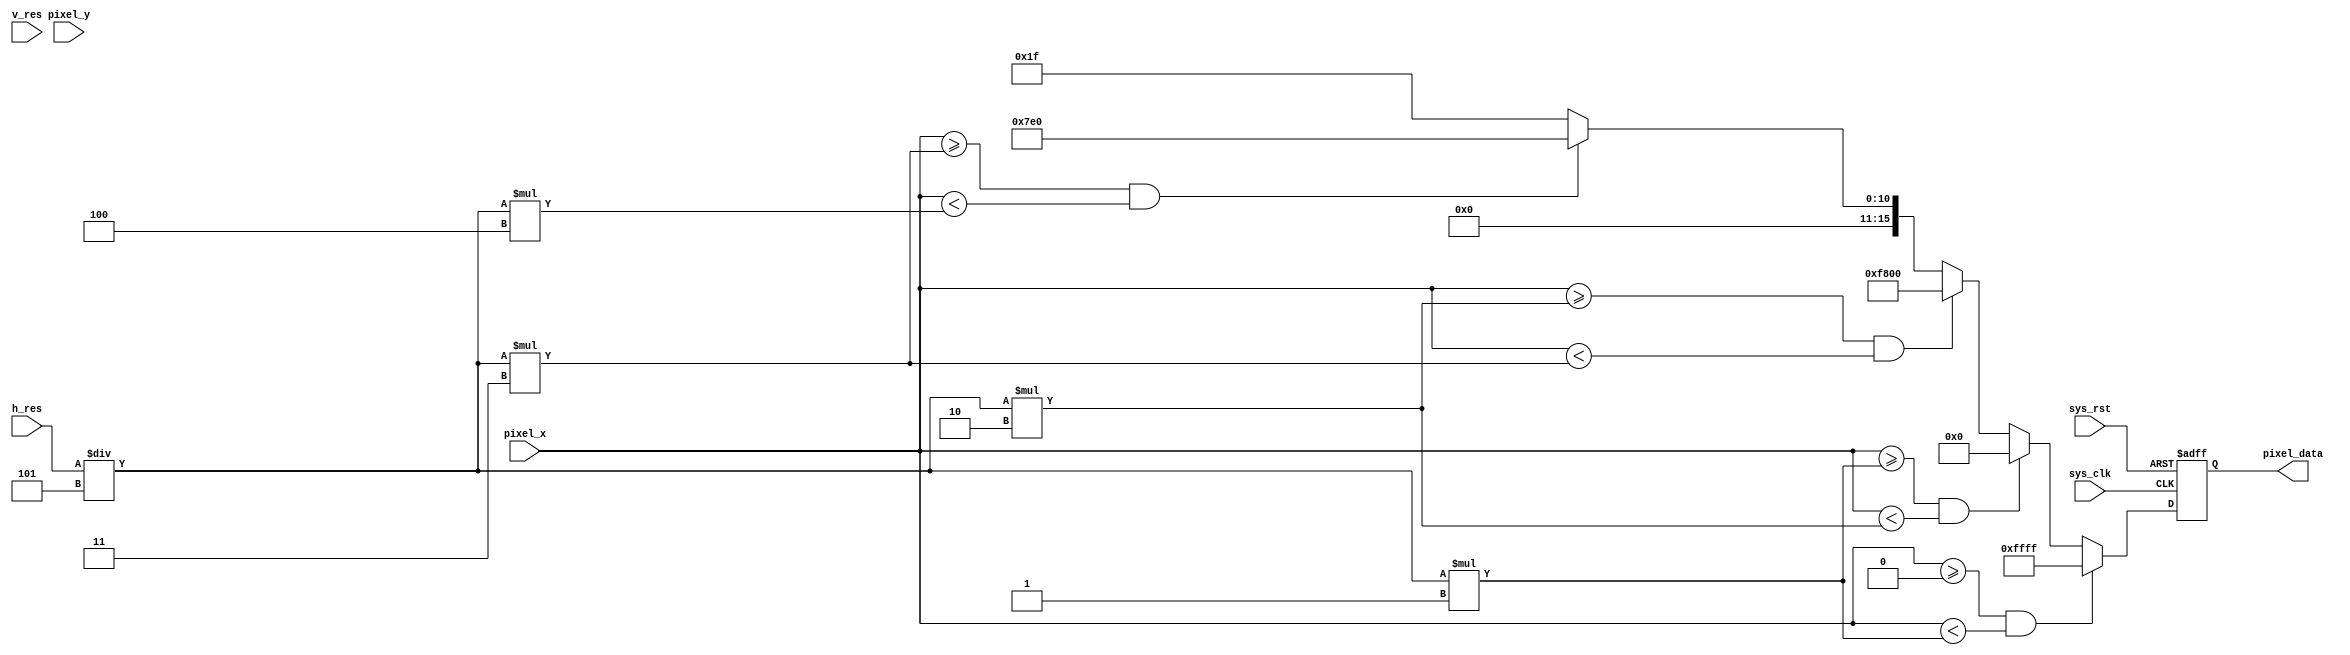
module lcd_show (
	input                  sys_clk,
	input                  sys_rst,
	input       [10:0]     pixel_x,       //get the current pixel location
	input       [10:0]     pixel_y,       //get the current pixel location
	input       [10:0]     h_res,         //receive the resolution
	input       [10:0]     v_res,
	
	output  reg [15:0]     pixel_data
);

//parameter define
parameter WHITE = 16'b11111_111111_11111;
parameter BLACK = 16'b00000_000000_00000;
parameter RED   = 16'b11111_000000_00000;
parameter GREEN = 16'b00000_111111_00000;
parameter BLUE  = 16'b00000_000000_11111;
//in a frame of rgb signal, red accounts first 5 bits, 
//green accounts middle6 bits, blue accounts last 5 bits

//reg define

//wire define

//*************************************************************************
//                    main   code
//*************************************************************************
always @(posedge sys_clk or negedge sys_rst) begin
	if(!sys_rst)
		pixel_data <= 16'b0;  //if rst then black
	else begin
		if ((pixel_x >= 11'd0)&&(pixel_x < h_res/5*1))  //divide a raw as 5 part, the first part is white
			pixel_data <= WHITE;
		else if ((pixel_x >= h_res/5*1)&&(pixel_x < h_res/5*2))  //second part
			pixel_data <= BLACK;
		else if ((pixel_x >= h_res/5*2)&&(pixel_x < h_res/5*3))  //second part
			pixel_data <= RED;
		else if ((pixel_x >= h_res/5*3)&&(pixel_x < h_res/5*4))  //second part
			pixel_data <= GREEN;
		else
			pixel_data <= BLUE;
		end
end
endmodule